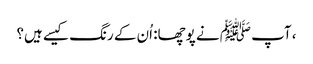
، آپ ﷺ نے پوچھا: اُن کے رنگ کیسے ہیں؟